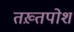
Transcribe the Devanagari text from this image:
तख़्तपोश